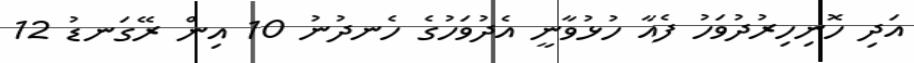
އަދި ހޮނިހިރުދުވަހު ފެއާ ހުޅުވާނީ އެދުވަހުގެ ހެނދުނު 10 އިން ރޭގަނޑު 12